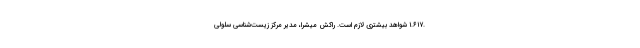
.۱.۶۱۷ شواهد بیشتری لازم است. راکش میشرا، مدیر مرکز زیست‌شناسی سلولی